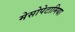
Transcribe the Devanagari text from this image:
मेसोपेटामिया